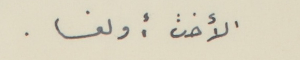
الأخت أولغا .